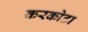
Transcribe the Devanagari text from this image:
करकोटा